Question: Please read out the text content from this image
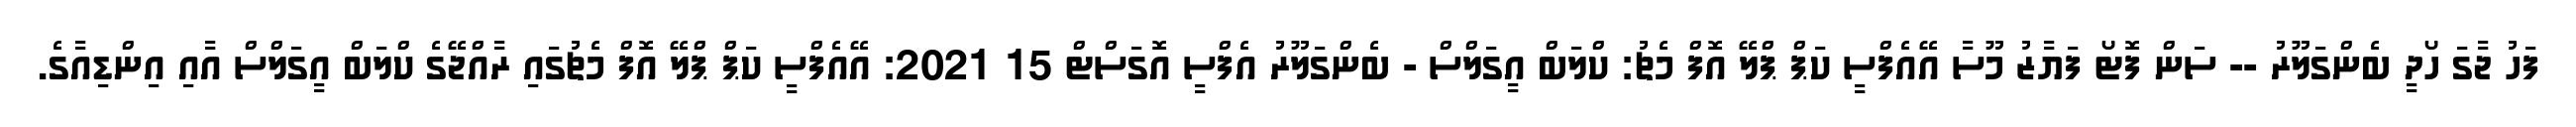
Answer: ފަހު ޖާގަ ހޯދީ ބެންގަލޫރު -- ސަން ފޮޓޯ ފަޔާޒު މޫސާ އޭއެފްސީ ކަޕް ޕްލޭ އޮފް މެޗު: ކްލަބް އީގަލްސް - ބެންގަލޫރު އެފްސީ އޮގަސްޓް 15 2021: އޭއެފްސީ ކަޕް ޕްލޭ އޮފް މެޗުގައި ރާއްޖޭގެ ކްލަބް އީގަލްސް އާއި އިންޑިއާގެ.